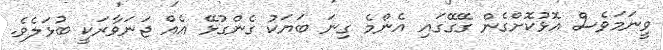
ވީނަމަވެސް އޮޅުކޮށްގެން ގޭގޭގައި އެންމެ ގިނަ ބަޔަކު ގެންގުޅޭ އެއް ޖަނަވާރަކީ ބުޅަލެވެ.